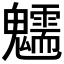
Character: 𩴶